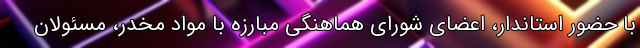
با حضور استاندار، اعضای شورای هماهنگی مبارزه با مواد مخدر، مسئولان